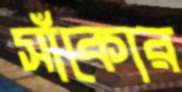
সাঁকোর